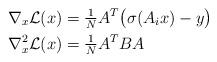
LaTeX: \begin{align*} \begin{aligned} \nabla_x \mathcal{L}(x) &= \tfrac{1}{N} A^T \big(\sigma(A_i x) - y\big) \\ \nabla^2_x \mathcal{L}(x) &= \tfrac{1}{N} A^T B A \end{aligned}\end{align*}